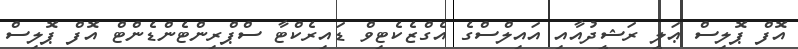
އޮފް ޕޮލިސް ޢަލީ ރަޝީދުއާއި އައިލްސްގެ އެގްޒެކެޓިވް ޑައިރެކްޓާ ސްޕްރިންޓެންޑެންޓް އޮފް ޕޮލިސް